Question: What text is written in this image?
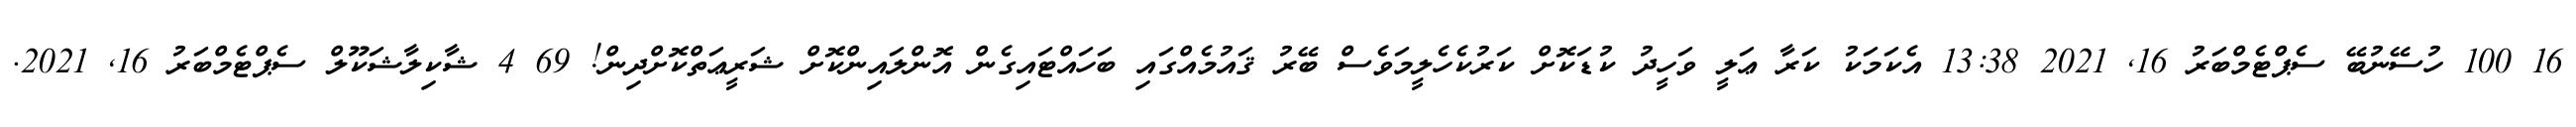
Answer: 16 100 ހުސޭނުބޭ ސެޕްޓެމްބަރު 16, 2021 13:38 އެކަމަކު ކަރާ ޢަލީ ވަހީދު ކުޑަކޮށް ކަރުކެހެލީމަވެސް ބޭރު ޤައުމެއްގައި ބަހައްޓައިގެން އޮންލައިންކޮށް ޝަރީޢަތްކޮށްދިން! 69 4 ޝާކިލާޝަކޫލް ސެޕްޓެމްބަރު 16, 2021.